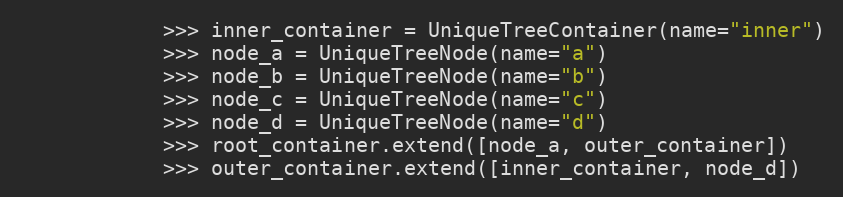
Language: Python
            >>> inner_container = UniqueTreeContainer(name="inner")
            >>> node_a = UniqueTreeNode(name="a")
            >>> node_b = UniqueTreeNode(name="b")
            >>> node_c = UniqueTreeNode(name="c")
            >>> node_d = UniqueTreeNode(name="d")
            >>> root_container.extend([node_a, outer_container])
            >>> outer_container.extend([inner_container, node_d])